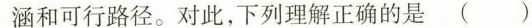
涵和可行路径。对此，下列理解正确的是（）